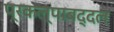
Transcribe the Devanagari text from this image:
प्रकल्पाबद्दल